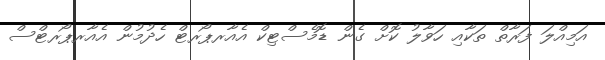
އަމިއްލަ ފަރާތް ތަކާއި ހަވާލު ކޮށް ގެން ޑޮމެސްޓިކް އެއާރޕޯރޓް ހެދުމުން އެއާރޕޯރޓްސް